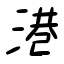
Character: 港